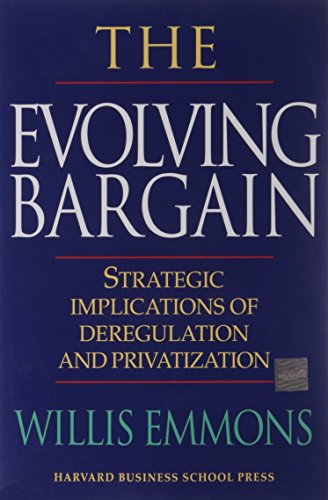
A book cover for The Evolving Bargain: Strategic Implications of Deregulation and Privatization; William Emmons III; Law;